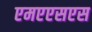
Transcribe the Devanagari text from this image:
एमएएसएस